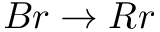
B r \rightarrow R r